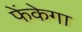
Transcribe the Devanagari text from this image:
फेंकेगा